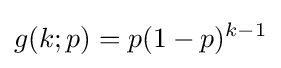
g(k;p)=p(1-p)^{k-1}